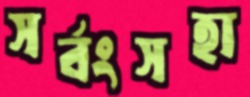
সর্বংসহা